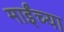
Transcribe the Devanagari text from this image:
माईंच्या